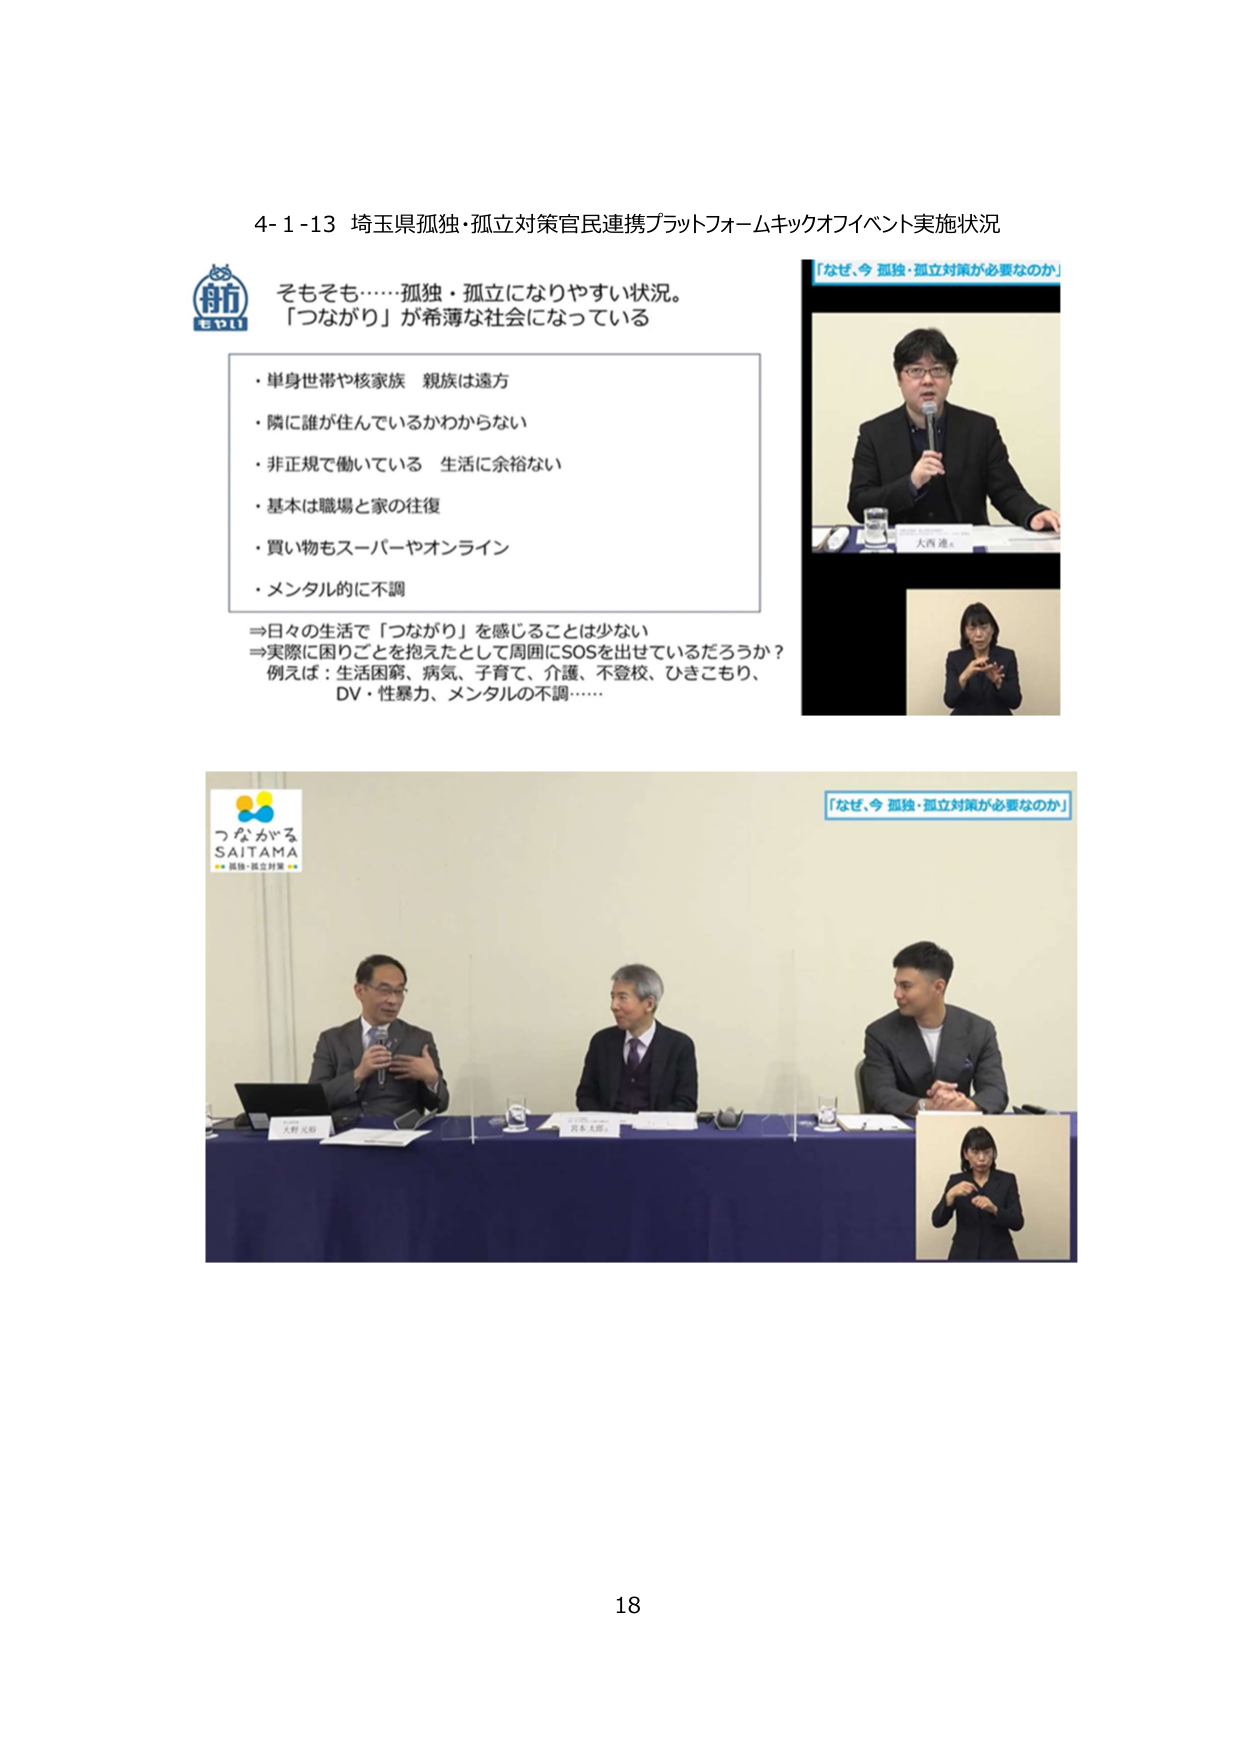
4-1-13 埼玉県孤独・孤立対策官民連携プラットフォームキックオフイベント実施状況

そもそも……孤独・孤立になりやすい状況。
「つながり」が希薄な社会になっている

・単身世帯や核家族 親族は遠方
・隣に誰が住んでいるかわからない
・非正規で働いている 生活に余裕ない
・基本は職場と家の往復
・買い物もスーパーやオンライン
・メンタル的に不調

⇒日々の生活で「つながり」を感じることは少ない
⇒実際に困りごとを抱えたとして周囲にSOSを出せているだろうか？
例えば：生活困窮、病気、子育て、介護、不登校、ひきこもり、
DV・性暴力、メンタルの不調……

「なぜ、今 孤独・孤立対策が必要なのか」

つながる
SAITAMA
孤独・孤立対策

「なぜ、今 孤独・孤立対策が必要なのか」

大西 進

大野 元和
佐本 大志

18